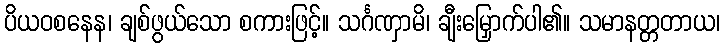
ပိယဝစနေန၊ ချစ်ဖွယ်သော စကားဖြင့်။ သင်္ဂဏှာမိ၊ ချီးမြှောက်ပါ၏။ သမာနတ္တတာယ၊